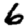
Digit: 6